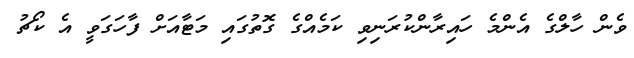
ވެން ހާލްގެ އެންމެ ހައިރާންކުރަނިވި ކަމެއްގެ ގޮތުގައި މަޓާއަށް ފާހަގަވީ އެ ކޯޗު